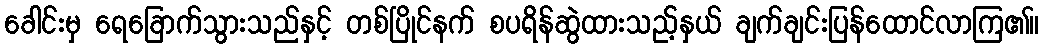
ခေါင်းမှ ရေခြောက်သွားသည်နှင့် တစ်ပြိုင်နက် စပရိန်ဆွဲထားသည့်နှယ် ချက်ချင်းပြန်ထောင်လာကြ၏။